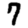
Digit: 7